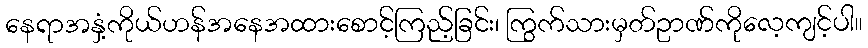
နေရာအနှံ့ကိုယ်ဟန်အနေအထားစောင့်ကြည့်ခြင်း၊ ကြွက်သားမှတ်ဥာဏ်ကိုလေ့ကျင့်ပါ။